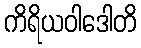
ကိရိယဝါဒေါတိ